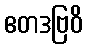
ဧတဒဗြဝိ